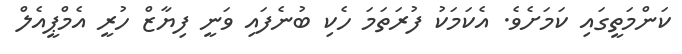
ކަންމަތީގައި ކަމަށެވެ. އެކަމަކު ފުރަތަމަ ހެކި ބުނެފައި ވަނީ ފިޔާޒް ހުރީ އެމްޕީއެލް